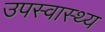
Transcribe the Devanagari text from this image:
उपस्‍वास्‍थ्‍य